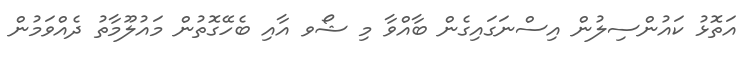
އަތޮޅު ކައުންސިލުން އިސްނަގައިގެން ބާއްވާ މި ޝޯވ އާއި ބެހޭގޮތުން މައުލޫމާތު ދެއްވަމުން